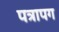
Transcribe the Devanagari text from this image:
पत्रापग